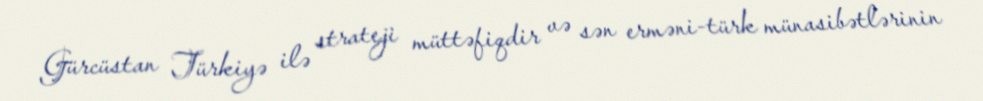
Gürcüstan Türkiyə ilə strateji müttəfiqdir və sən erməni-türk münasibətlərinin